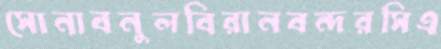
সোনাবনুলবিরানবন্দরসিএ